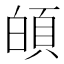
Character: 𩑻